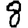
Digit: 8